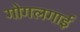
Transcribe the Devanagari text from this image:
गोगलगाई